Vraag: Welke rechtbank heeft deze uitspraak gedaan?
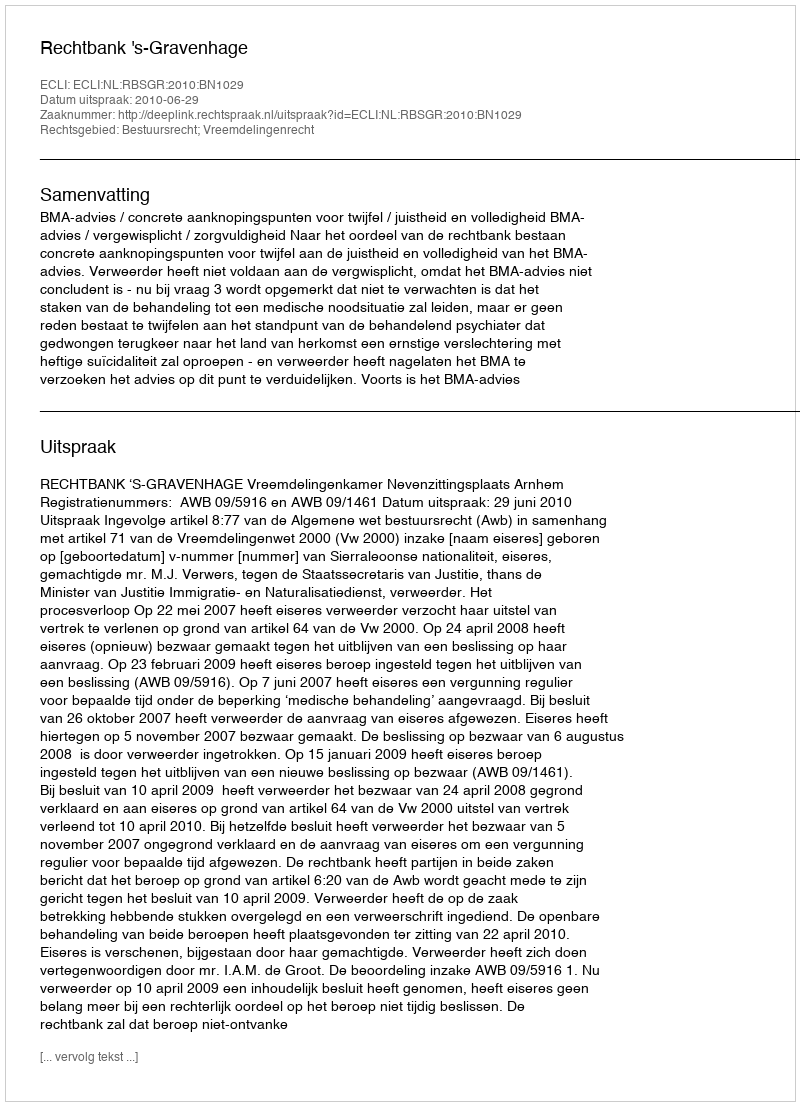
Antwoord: Rechtbank 's-Gravenhage